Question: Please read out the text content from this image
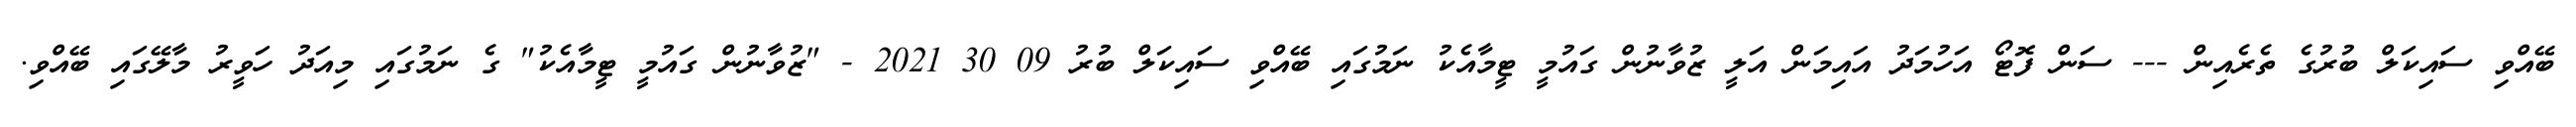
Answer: ބޭއްވި ސައިކަލް ބުރުގެ ތެރެއިން --- ސަން ފޮޓޯ އަހުމަދު އައިމަން އަލީ ޒުވާނުން ގައުމީ ޓީމާއެކު ނަމުގައި ބޭއްވި ސައިކަލް ބުރު 09 30 2021 - "ޒުވާނުން ގައުމީ ޓީމާއެކު" ގެ ނަމުގައި މިއަދު ހަވީރު މާލޭގައި ބޭއްވި.